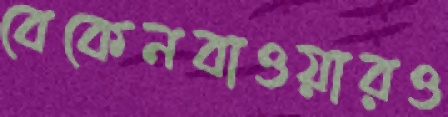
বেকেনবাওয়ারও